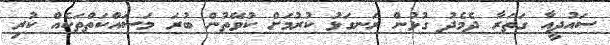
ސައުދީއާ ގަތަރާ ދެމެދު ގުޅުން ރަނގަޅު ކުރުމަށް ކުވޭތުން ބުރަ މަސައްކަތްތަކެއް ކުރި